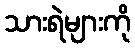
သားရဲများကို